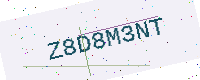
Text: Z8D8M3NT